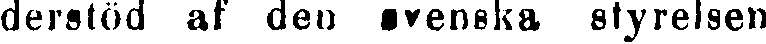
derstöd af den svenska styrelsen